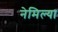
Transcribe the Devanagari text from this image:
नेमिल्या